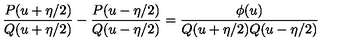
\frac { P ( u + \eta / 2 ) } { Q ( u + \eta / 2 ) } - \frac { P ( u - \eta / 2 ) } { Q ( u - \eta / 2 ) } = \frac { \phi ( u ) } { Q ( u + \eta / 2 ) Q ( u - \eta / 2 ) }